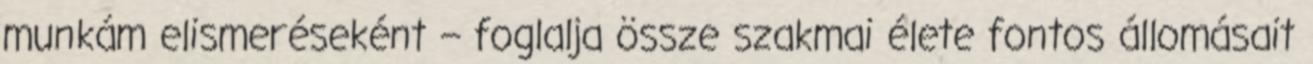
munkám elismeréseként – foglalja össze szakmai élete fontos állomásait